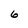
Character: 6